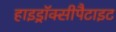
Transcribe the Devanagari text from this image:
हाइड्रॉक्सीपैटाइट